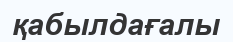
қабылдағалы